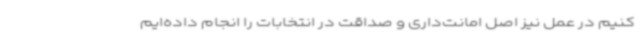
کنیم در عمل نیز اصل امانت‌داری و صداقت در انتخابات را انجام داده‌ایم